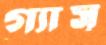
গ্যাস্